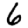
Digit: 6